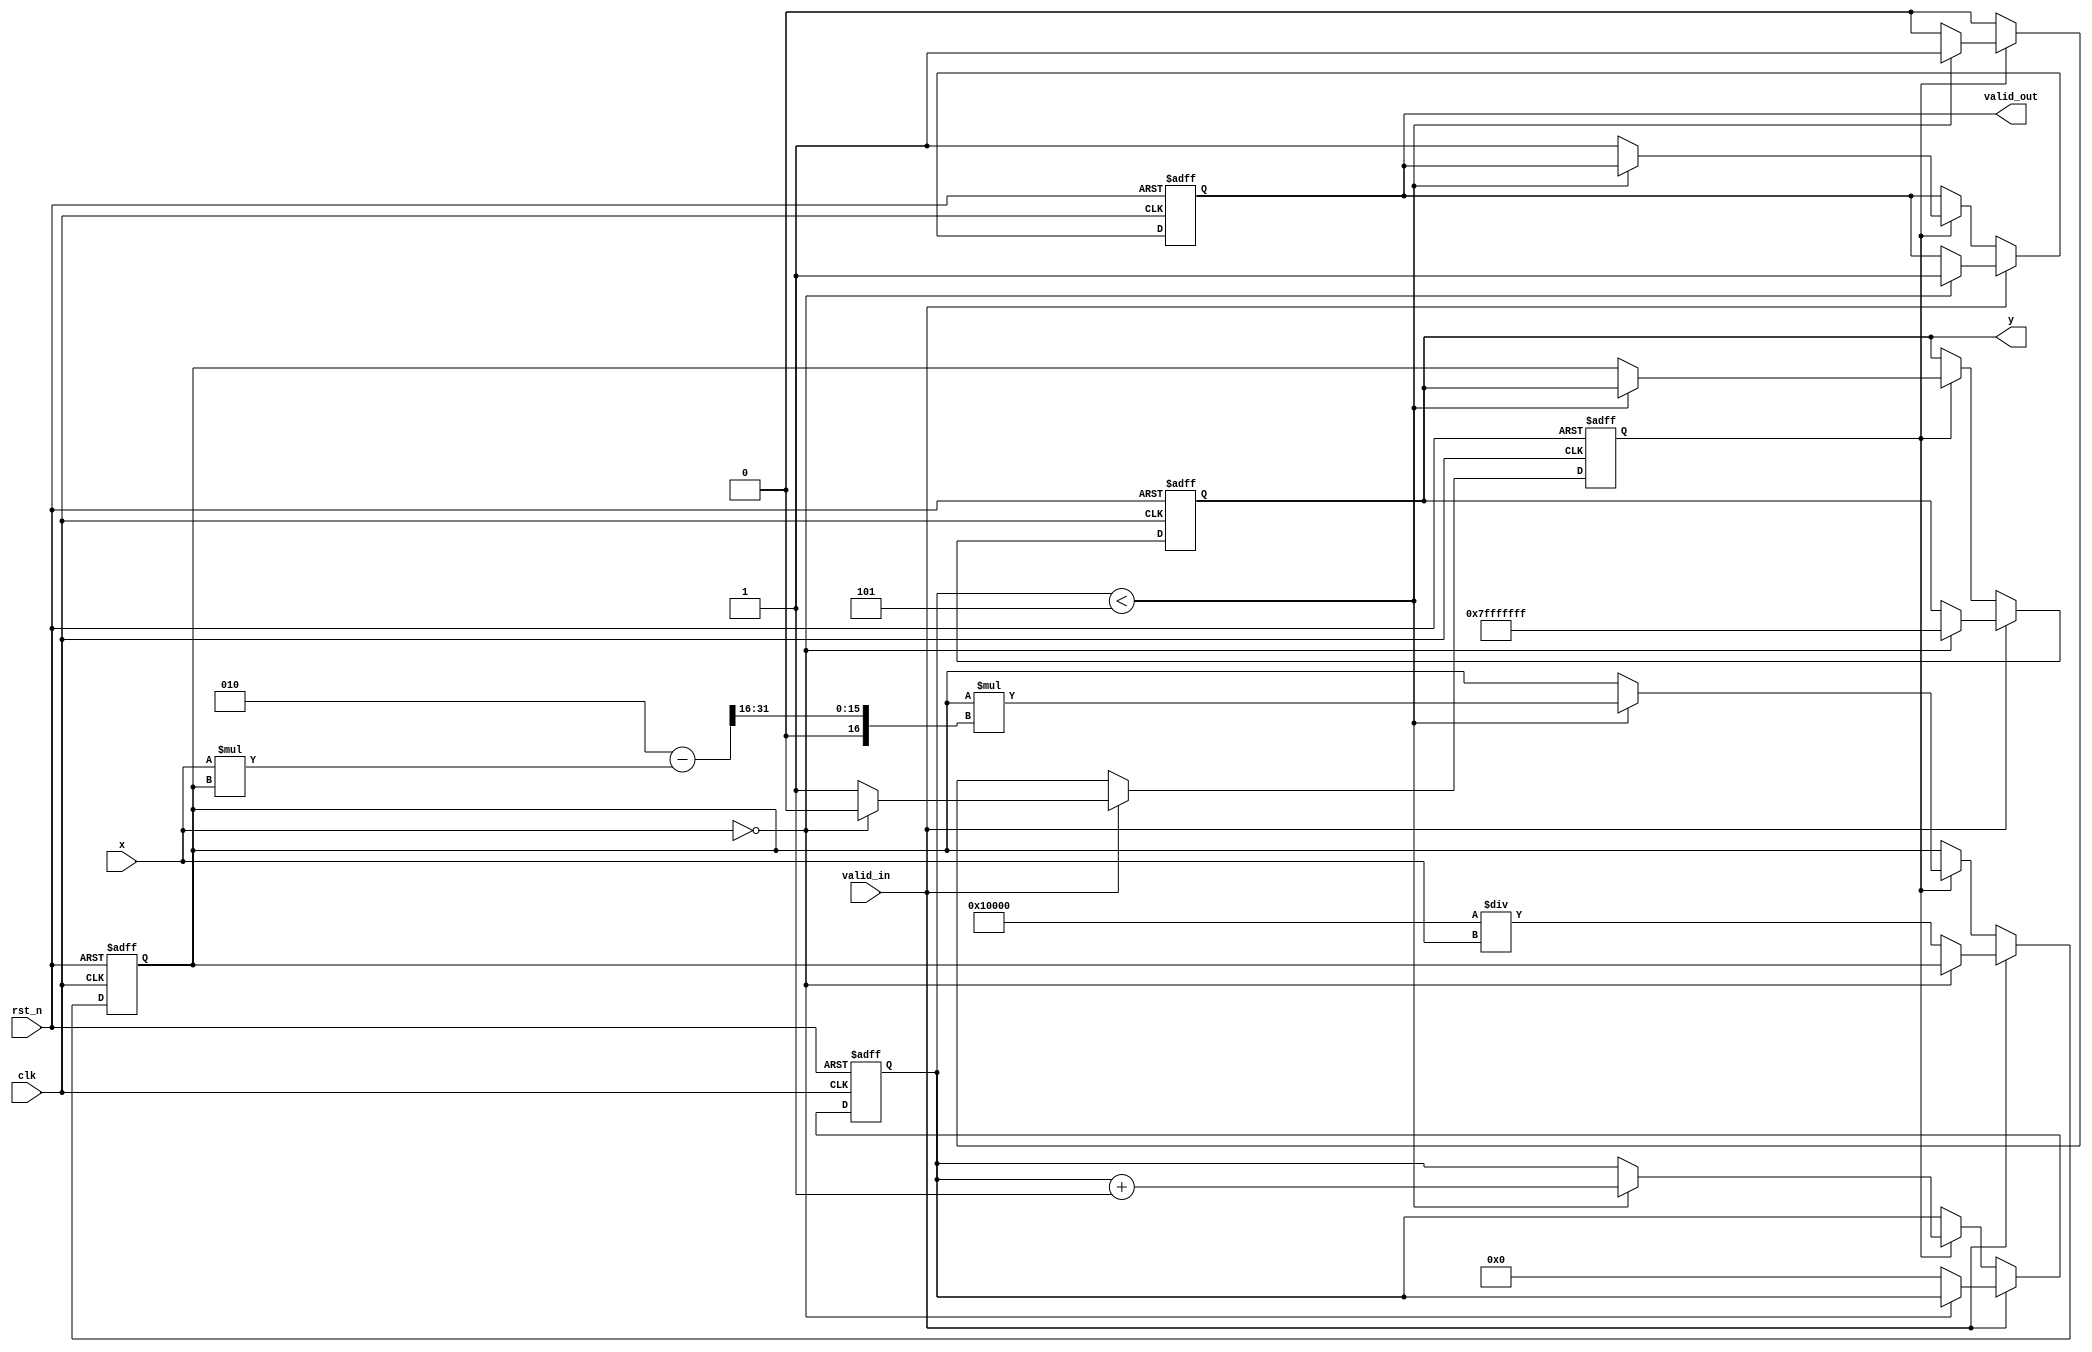
module fixed_point_reciprocal #(
    parameter M = 16, // Number of integer bits
    parameter N = 16  // Number of fractional bits
)(
    input wire clk,
    input wire rst_n,
    input wire valid_in,
    input wire signed [M+N-1:0] x, // Input: fixed-point number (Qm.n)
    output reg valid_out,
    output reg signed [M+N-1:0] y // Output: reciprocal (Qm.n)
);

    // Internal parameters
    localparam MAX_VALUE = {1'b0, {M+N-1{1'b1}}}; // Maximum value for Qm.n
    localparam ZERO_VALUE = {1'b0, {M+N-1{1'b0}}}; // Zero value for Qm.n

    // Iteration settings
    localparam ITERATIONS = 5; // Number of iterations for Newton-Raphson

    // Internal registers
    reg signed [M+N-1:0] approx; // Current approximation
    reg [3:0] iter_count; // Iteration counter
    reg valid_reg; // Internal valid signal

    // State machine for processing
    always @(posedge clk or negedge rst_n) begin
        if (!rst_n) begin
            valid_out <= 0;
            y <= 0;
            approx <= 0;
            iter_count <= 0;
            valid_reg <= 0;
        end else if (valid_in) begin
            if (x == ZERO_VALUE) begin
                // Handle zero input case
                y <= MAX_VALUE; // or some other error code
                valid_out <= 1;
                valid_reg <= 0;
            end else begin
                // Initialize approximation: y = 1/x
                approx <= (1 << N) / x; // Initial approximation (Qm.n)
                iter_count <= 0;
                valid_reg <= 1;
            end
        end else if (valid_reg) begin
            if (iter_count < ITERATIONS) begin
                // Newton-Raphson iteration: approx = approx * (2 - x * approx)
                approx <= approx * (2 - (x * approx) >> N);
                iter_count <= iter_count + 1;
            end else begin
                // Final output after iterations
                y <= approx;
                valid_out <= 1;
                valid_reg <= 0;
            end
        end
    end

endmodule